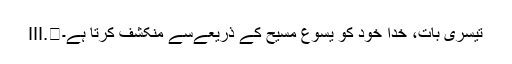
III.	تیسری بات، خُدا خُود کو یسوع مسیح کے ذریعےسے منکشف کرتا ہے۔